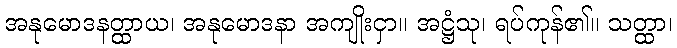
အနုမောဒနတ္ထာယ၊ အနုမောဒနာ အကျိုးငှာ။ အဋ္ဌံသု၊ ရပ်ကုန်၏။ သတ္ထာ၊